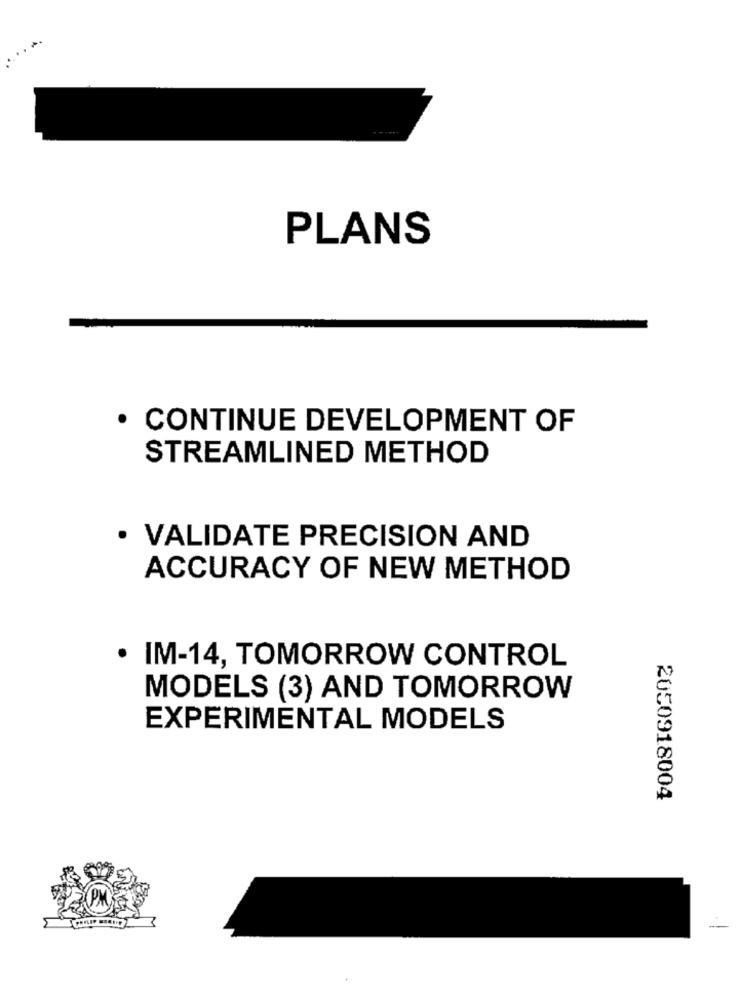
PLANS
· CONTINUE DEVELOPMENT OF
STREAMLINED METHOD
· VALIDATE PRECISION AND
ACCURACY OF NEW METHOD
IM-14, TOMORROW CONTROL
MODELS (3) AND TOMORROW
EXPERIMENTAL MODELS
2050918004